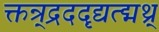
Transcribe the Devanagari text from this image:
क्तन्र्द्रददृद्यत्द्मथ्र्